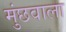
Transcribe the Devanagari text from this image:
मुंछवाला